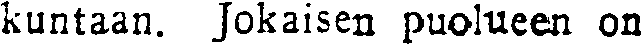
kuntaan. Jokaisen puolueen on